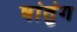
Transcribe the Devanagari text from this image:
षांतुंग